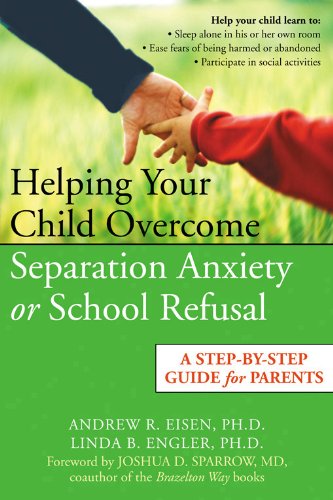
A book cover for Helping Your Child Overcome Separation Anxiety or School Refusal: A Step-by-Step Guide for Parents; Andrew R. Eisen; Parenting & Relationships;